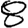
Digit: 8